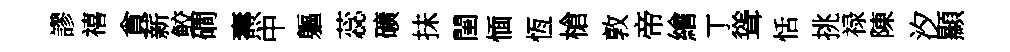
謬禧貪薪鲛磵燾中軀蕊礦抺閨愐恆槍敦帝繪丁聳恬挑禄陳汐顯